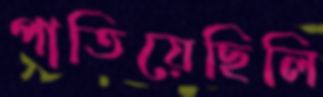
পাতিয়েছিলি